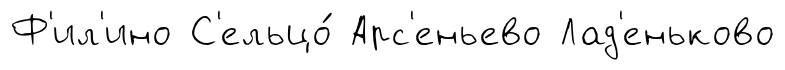
Ф'ил'ино С'ельцо́ Арс'еньево Лад'еньково